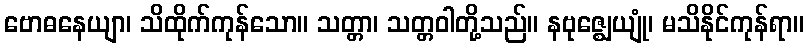
ဗောဓနေယျာ၊ သိထိုက်ကုန်သော။ သတ္တာ၊ သတ္တဝါတို့သည်။ နဗုဇ္ဈေယျုံ၊ မသိနိုင်ကုန်ရာ။